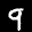
Label: 9